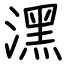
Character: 潶